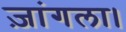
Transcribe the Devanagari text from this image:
ज़ांगला।